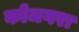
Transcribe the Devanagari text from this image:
कोजगरा